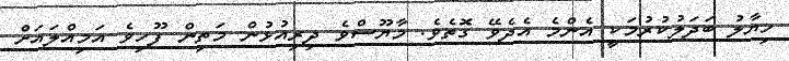
ހިޔާލު ބަދަލުކުރުމަކީ އެންމެ އެދެވޭ ގޮތެވެ. މާޔޫސްވެ ދިރިއުޅުން މަތިން ފޫހިވެ އަމިއްލައަށް